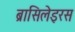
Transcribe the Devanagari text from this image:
ब्रासिलेइरस